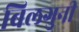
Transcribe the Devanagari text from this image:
बिलगुनी